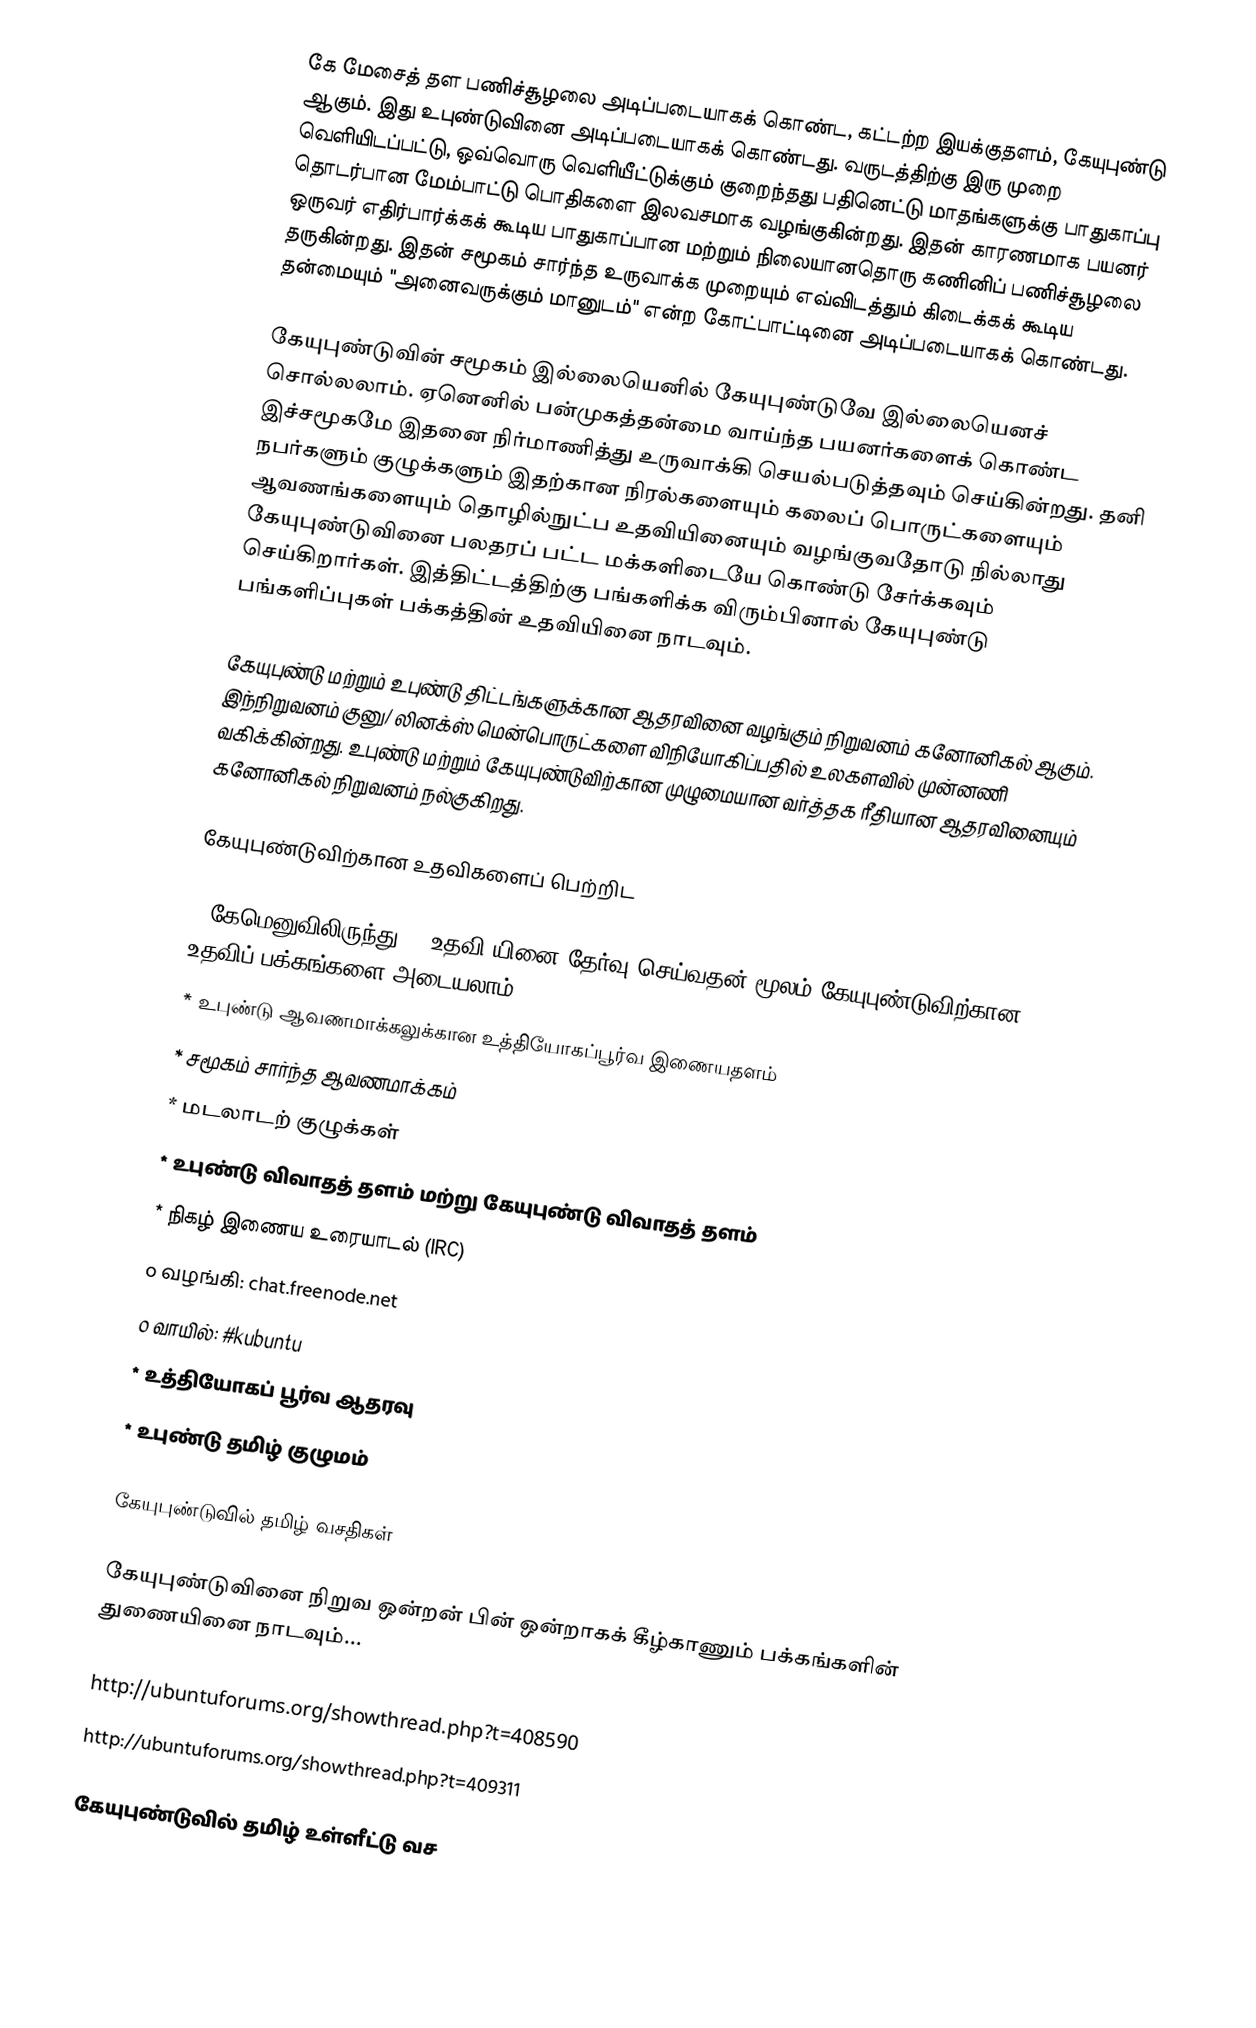
கே மேசைத் தள பணிச்சூழலை அடிப்படையாகக் கொண்ட, கட்டற்ற இயக்குதளம், கேயுபுண்டு ஆகும். இது உபுண்டுவினை அடிப்படையாகக் கொண்டது. வருடத்திற்கு இரு முறை வெளியிடப்பட்டு, ஒவ்வொரு வெளியீட்டுக்கும் குறைந்தது பதினெட்டு மாதங்களுக்கு பாதுகாப்பு தொடர்பான மேம்பாட்டு பொதிகளை இலவசமாக வழங்குகின்றது. இதன் காரணமாக பயனர் ஒருவர் எதிர்பார்க்கக் கூடிய பாதுகாப்பான மற்றும் நிலையானதொரு கணினிப் பணிச்சூழலை தருகின்றது. இதன் சமூகம் சார்ந்த உருவாக்க முறையும் எவ்விடத்தும் கிடைக்கக் கூடிய தன்மையும் "அனைவருக்கும் மானுடம்" என்ற கோட்பாட்டினை அடிப்படையாகக் கொண்டது.

கேயுபுண்டுவின் சமூகம் இல்லையெனில் கேயுபுண்டுவே இல்லையெனச் சொல்லலாம். ஏனெனில் பன்முகத்தன்மை வாய்ந்த பயனர்களைக் கொண்ட இச்சமூகமே இதனை நிர்மாணித்து உருவாக்கி செயல்படுத்தவும் செய்கின்றது. தனி நபர்களும் குழுக்களும் இதற்கான நிரல்களையும் கலைப் பொருட்களையும் ஆவணங்களையும் தொழில்நுட்ப உதவியினையும் வழங்குவதோடு நில்லாது கேயுபுண்டுவினை பலதரப் பட்ட மக்களிடையே கொண்டு சேர்க்கவும் செய்கிறார்கள். இத்திட்டத்திற்கு பங்களிக்க விரும்பினால் கேயுபுண்டு பங்களிப்புகள்   பக்கத்தின் உதவியினை நாடவும்.

கேயுபுண்டு மற்றும் உபுண்டு திட்டங்களுக்கான ஆதரவினை வழங்கும் நிறுவனம் கனோனிகல் ஆகும். இந்நிறுவனம் குனு/ லினக்ஸ் மென்பொருட்களை விநியோகிப்பதில் உலகளவில் முன்னணி வகிக்கின்றது. உபுண்டு மற்றும் கேயுபுண்டுவிற்கான முழுமையான வர்த்தக ரீதியான ஆதரவினையும் கனோனிகல் நிறுவனம் நல்குகிறது.

கேயுபுண்டுவிற்கான உதவிகளைப் பெற்றிட

    * கேமெனுவிலிருந்து -> உதவி யினை தேர்வு செய்வதன் மூலம் கேயுபுண்டுவிற்கான உதவிப் பக்கங்களை அடையலாம்.
    * உபுண்டு ஆவணமாக்கலுக்கான உத்தியோகப்பூர்வ இணையதளம்
    * சமூகம் சார்ந்த ஆவணமாக்கம்
    * மடலாடற் குழுக்கள்
    * உபுண்டு விவாதத் தளம் மற்று கேயுபுண்டு விவாதத் தளம்
    * நிகழ் இணைய உரையாடல் (IRC)
          o வழங்கி: chat.freenode.net
          o வாயில்: #kubuntu
    * உத்தியோகப் பூர்வ ஆதரவு
    * உபுண்டு தமிழ் குழுமம்

கேயுபுண்டுவில் தமிழ் வசதிகள்

கேயுபுண்டுவினை நிறுவ ஒன்றன் பின் ஒன்றாகக் கீழ்காணும் பக்கங்களின் துணையினை நாடவும்...

 http://ubuntuforums.org/showthread.php?t=408590
 http://ubuntuforums.org/showthread.php?t=409311

கேயுபுண்டுவில் தமிழ் உள்ளீட்டு வச